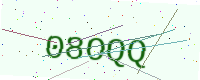
Text: 08OQQ